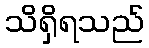
သိရှိရသည်